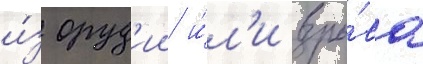
и́з оруд'ии и́л'и взры́ва